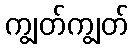
ကျွတ်ကျွတ်